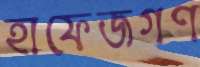
হাফেজগণ